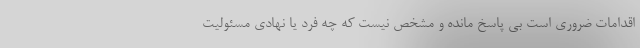
اقدامات ضروری است بی پاسخ مانده و مشخص نیست که چه فرد یا نهادی مسئولیت